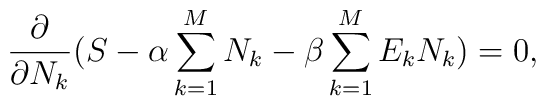
\frac{\partial}{\partial N_k } ( S - \alpha \sum_{k=1}^{M} N_k -\beta  \sum_{k=1}^{M}E_k N_k ) = 0,